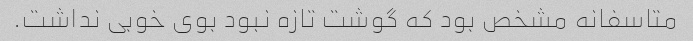
متاسفانه مشخص بود که گوشت تازه نبود بوی خوبی نداشت.